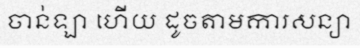
ចាន់ឡា ហើយ ដូចតាមការសន្យា